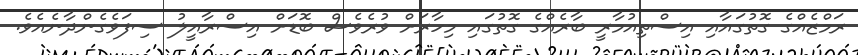
ރަމްޒެއްގެ ގޮތުގައާއި އިސްތިއުމާރީ ބާރެއްގެ ގޮތުގައި މިހާރަށް ވުރެވެސް ބޮޑަށް އިސްރާއީލު ސިފަވެގެންދާނެއެވެ.